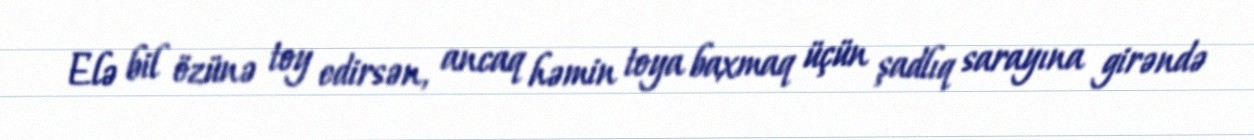
Elə bil özünə toy edirsən, ancaq həmin toya baxmaq üçün şadlıq sarayına girəndə